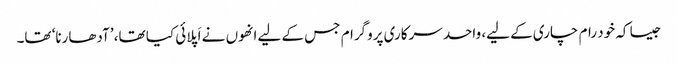
جیسا کہ خود رام چاری کے لیے، واحد سرکاری پروگرام جس کے لیے انھوں نے اَپلائی کیا تھا، ’آدھارنا‘ تھا۔